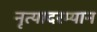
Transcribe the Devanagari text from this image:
नृत्यादरम्यान